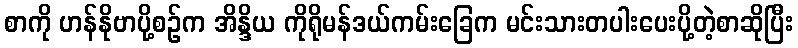
စာကို ဟန်နိုဗာပို့စဉ်က အိန္ဒိယ ကိုရိုမန်ဒယ်ကမ်းခြေက မင်းသားတပါးပေးပို့တဲ့စာဆိုပြီး